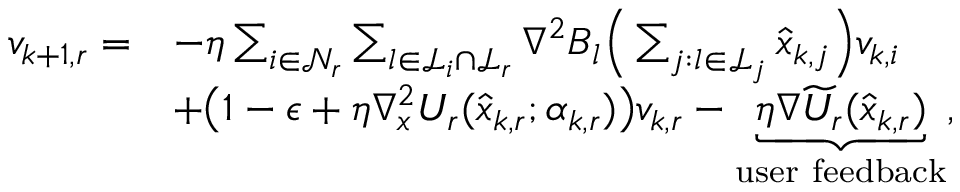
\begin{array} { r l } { v _ { k + 1 , r } = } & { - \eta \sum _ { i \in \mathcal { N } _ { r } } \sum _ { l \in \mathcal { L } _ { i } \cap \mathcal { L } _ { r } } \nabla ^ { 2 } B _ { l } \Big ( \sum _ { j : l \in \mathcal { L } _ { j } } \widehat x _ { k , j } \Big ) v _ { k , i } } \\ & { + \big ( 1 - \epsilon + \eta \nabla _ { x } ^ { 2 } U _ { r } ( \widehat x _ { k , r } ; \alpha _ { k , r } ) \big ) v _ { k , r } - \underbrace { \eta \nabla \widetilde U _ { r } ( \widehat x _ { k , r } ) } _ { \mathrm { u s e r ~ f e e d b a c k } } , } \end{array}